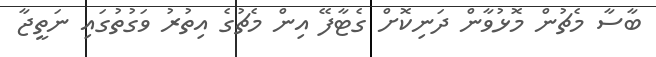
ބާސާ މެޗުން މޮޅުވާން ދަނިކޮށް ގެޓާފޭ އިން މެޗުގެ އިތުރު ވަގުތުގައި ނަތީޖާ